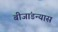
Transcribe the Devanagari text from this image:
बीजांडन्यास